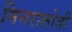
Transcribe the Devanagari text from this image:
मिनरालोजी